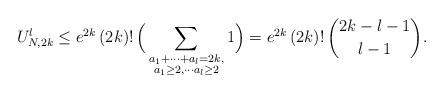
LaTeX: \begin{align*}U_{N, 2k}^l \leq e^{2k}\, (2k)! \,\Big(\sum_{\substack{ a_1+\cdots + a_l=2k,\\a_1 \geq 2,\cdots a_l \geq 2}} 1 \Big)= e^{2k} \,(2k)!\, \binom {2k-l-1}{l-1}.\end{align*}